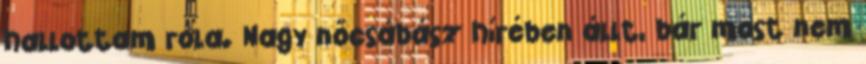
hallottam róla. Nagy nőcsábász hírében állt, bár most nem